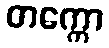
တက္ကော